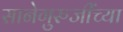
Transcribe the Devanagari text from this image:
सानेगुरुजींच्या